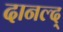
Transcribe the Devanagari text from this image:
दानल्द्